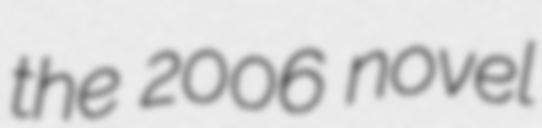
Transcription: the 2006 novel